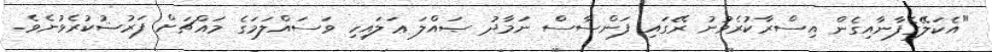
"އެކަލޭގެފާނާއިގެން އިސްރާކުރެވުނު ރޭގައި ފަންސާސް ނަމާދު ޞައްލަ ޢަލައިހި ވަސައްލަމަގެ މައްޗަށް ފަރުޟުކުރެވުނެވެ.